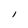
Character: 1